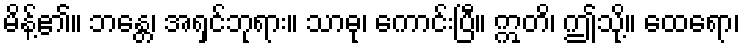
မိန့်၏။ ဘန္တေ၊ အရှင်ဘုရား။ သာဓု၊ ကောင်းပြီ။ ဣတိ၊ ဤသို့။ ထေရော၊